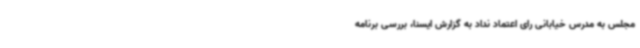
مجلس به مدرس خیابانی رای اعتماد نداد به گزارش ایسنا، بررسی برنامه